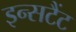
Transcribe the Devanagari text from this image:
इन्सटैंट